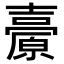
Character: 𡕊